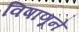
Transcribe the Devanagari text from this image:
विषाणूने